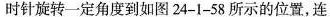
时针旋转一定角度到如图24-1-58所示的位置，连